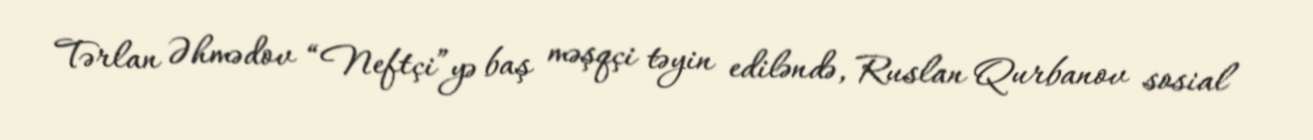
Tərlan Əhmədov “Neftçi”yə baş məşqçi təyin ediləndə, Ruslan Qurbanov sosial